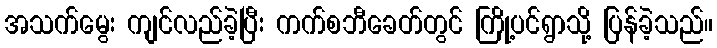
အသက်မွေး ကျင်လည်ခဲ့ပြီး ကက်စဘီခေတ်တွင် ကြို့ပင်ရွာသို့ ပြန်ခဲ့သည်။